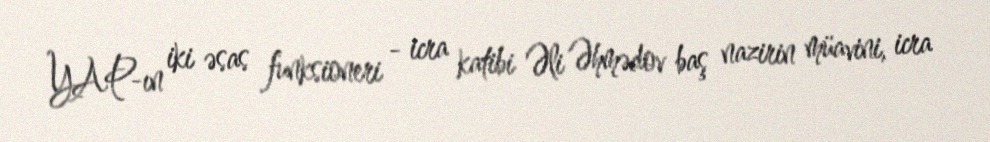
YAP-ın iki əsas funksioneri - icra katibi Əli Əhmədov baş nazirin müavini, icra